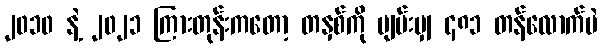
၂၀၁၀ နဲ့ ၂၀၂၁ ကြားတုန်းကတော့ တနှစ်ကို ပျမ်းမျှ ၄၈၁ တန်လောက်ပဲ